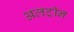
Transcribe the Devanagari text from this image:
अलट्राॅन